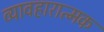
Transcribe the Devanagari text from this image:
व्यावहारात्मक